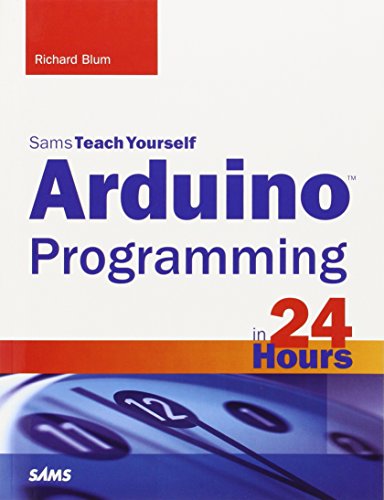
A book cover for Arduino Programming in 24 Hours, Sams Teach Yourself; Richard Blum; Computers & Technology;